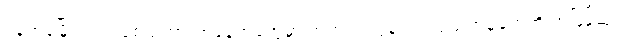
ရန်ကုန်မြို့တွင်း လူစည်ကားရာနေရာတွေမှာ အတင့်ရဲလွန်းတဲ့ လုယက်မှုတွေကို အမြန်ဆုံး